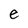
Character: e